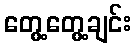
တွေ့တွေ့ချင်း